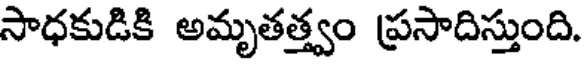
సాధకుడికి అమృతత్త్వం ప్రసాదిస్తుంది.